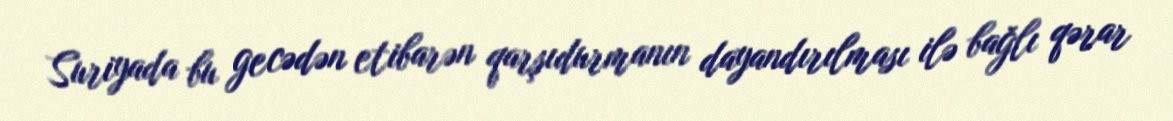
Suriyada bu gecədən etibarən qarşıdurmanın dayandırılması ilə bağlı qərar